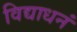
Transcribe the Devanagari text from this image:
विद्याधनं